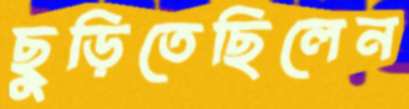
ছুড়িতেছিলেন